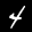
Label: 4